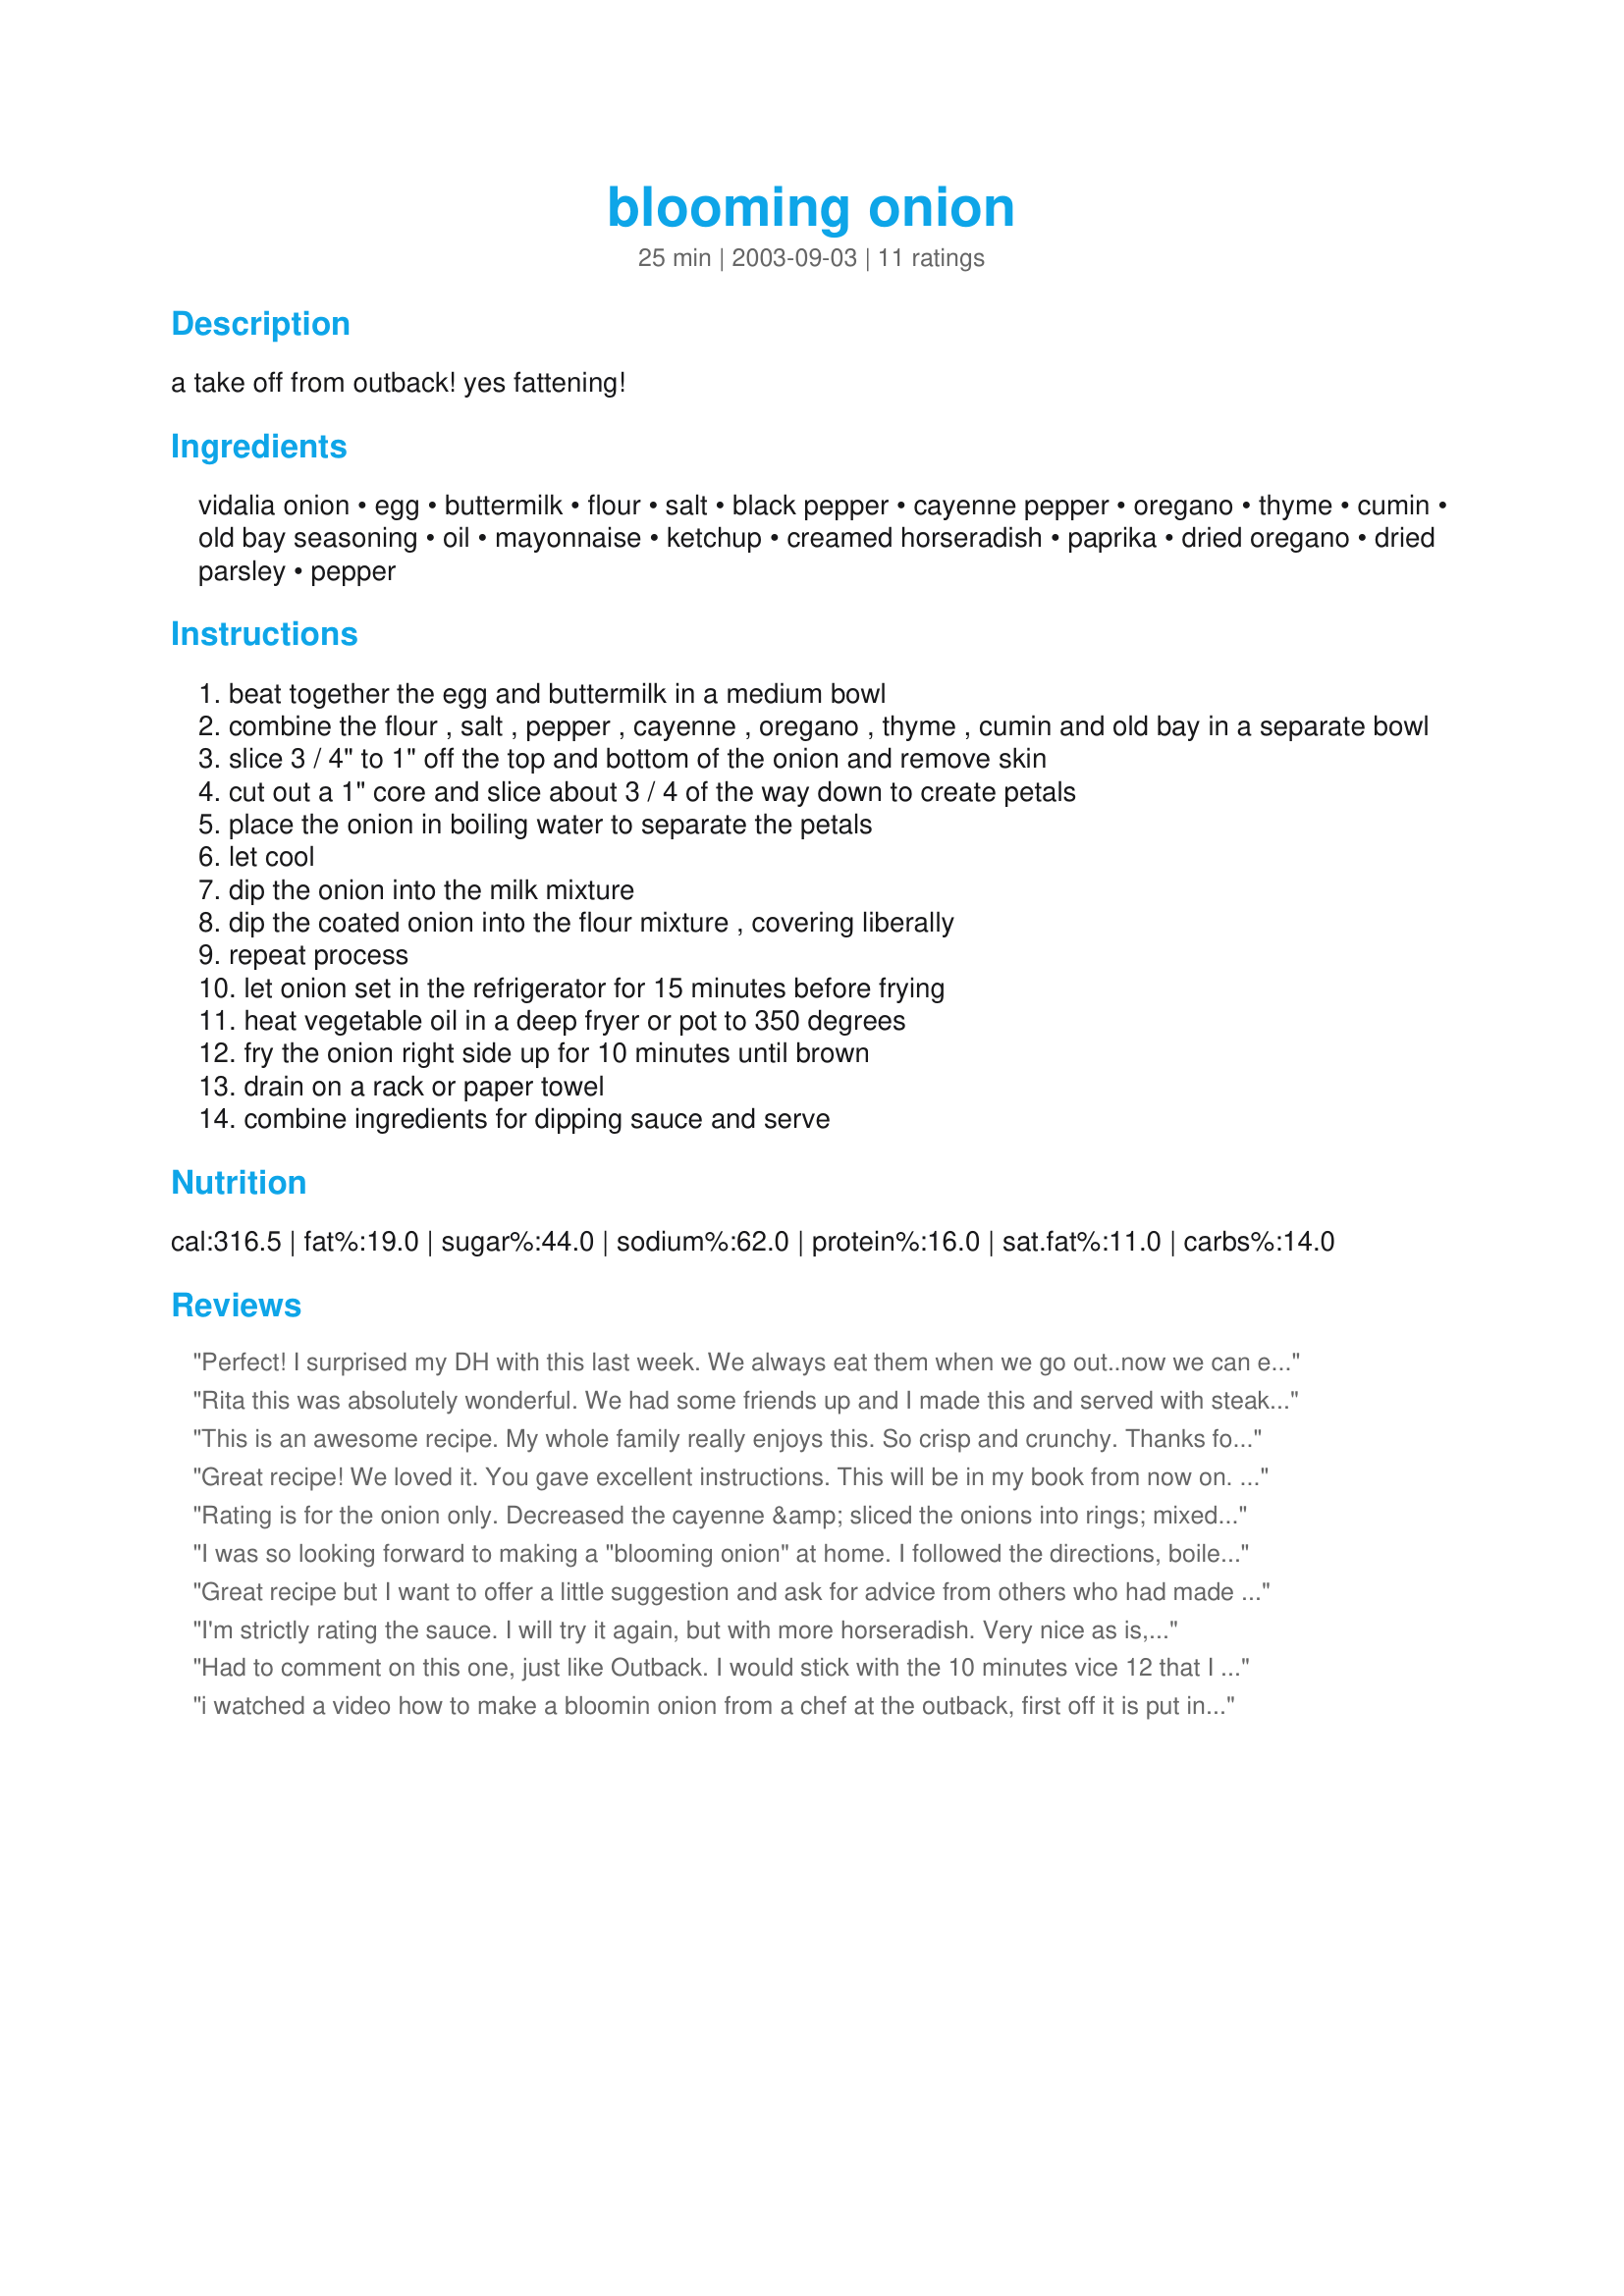
blooming onion
Preparation time: 25 minutes

a take off from outback! yes fattening!

Ingredients:
vidalia onion, egg, buttermilk, flour, salt, black pepper, cayenne pepper, oregano, thyme, cumin, old bay seasoning, oil, mayonnaise, ketchup, creamed horseradish, paprika, dried oregano, dried parsley, pepper

Steps:
beat together the egg and buttermilk in a medium bowl
combine the flour , salt , pepper , cayenne , oregano , thyme , cumin and old bay in a separate bowl
slice 3 / 4" to 1" off the top and bottom of the onion and remove skin
cut out a 1" core and slice about 3 / 4 of the way down to create petals
place the onion in boiling water to separate the petals
let cool
dip the onion into the milk mixture
dip the coated onion into the flour mixture , covering liberally
repeat process
let onion set in the refrigerator for 15 minutes before frying
heat vegetable oil in a deep fryer or pot to 350 degrees
fry the onion right side up for 10 minutes until brown
drain on a rack or paper towel
combine ingredients for dipping sauce and serve

Reviews:
Perfect! I surprised my DH with this last week. We always eat them when we go out..now we can enjoy them at home!! 
I have a deep fryer and that made this so simple!
And boiling the onion really helped! 

Thanks! I will be snacking on this again! :)
Rita this was absolutely wonderful. We had some friends up and I made this and served with steak and baked potatoe. They were really impressed. Thanks so much. I will need to make more next time.
This is an awesome recipe. My whole family really enjoys this. So crisp and crunchy. Thanks for posting this recipe.
Great recipe! We loved it. You gave excellent instructions. This will be in my book from now on. THanks for sharing it Rita!
Rating is for the onion only. Decreased the cayenne &amp; sliced the onions into rings; mixed the wet &amp; dry ingredients together, dipped &amp; fried...delicious! I also didn&#039;t make the dip as we like them with hot sauce. Served with sliced garden tomatoes, corn on the cob &amp; king crab legs. Thanks for sharing.
I was so looking forward to making a "blooming onion" at home. I followed the directions, boiled the onions so the petals spread, and coated them with milk mixure and flour mixture twice and deep fried them. But they came out with almost all of the coating on the outside and barely any on the inside; not like the ones in the restaurant that are crunchy all through. I also made the dip twice. The first time with creamy horseradish seemed too mild; when I made it again using prepared horseradish it tasted great.
Great recipe but I want to offer a little suggestion and ask for advice from others who had made this. I made this as written twice but thought the crust was too dark(an unappealing almost burned brown color) at 350 degrees using my Bravetti Platinum Pro deep fryer. So on the third try I changed it to 325 degrees...MUCH better.(same frying time 10 minutes for a very large vidalia onion) Now for the other challenge the recipe did not state how long to par-boil the onion. The first try I did six minutes but flower collapsed. The second try I cut the time in half to 3 minutes but the onion was almost raw and the petals did not coat properly except on the outside. The third try I did 5 minutes which I think is about right EXCEPT the flower collapsed again after coating due to the weight. (everything tasted wonderful but was visually unaesthetic). I THINK the problem might be resolved by NOT cutting the core all the way through to the other side and instead leave the base intact 1/2"- 3/4". Anyone here have a similar experience and would like to share their strategy? One other alteration I made on the third try was reducing the amount of buttermilk from 1 cup to 3/4 cup. It may have been the brand I was using but on the first two attempts I thought the batter was too thin. After I reduced it to 3/4 cup I thought the coating clung much better. Thanks Rita for sharing your recipe.
I'm strictly rating the sauce. I will try it again, but with more horseradish. Very nice as is, though.
Had to comment on this one, just like Outback. I would stick with the 10 minutes vice 12 that I cooked. It came out a little too crispy, but nonetheless awesome recipe.
i watched a video how to make a bloomin onion from a chef at the outback, first off it is put in the powdered mixture first, then the wet and only once.
also it is a spanish onion not vidalia.
and then, you do not boil the onion at all just spread them out, your supposed to cut the wedges a finger length apart.
and lastly, dont core the onion untill after it is done cooking.
I used to make Bloomin&#039; Onions when my boys were teenagers with huge appetites. They were always a hit....I never boiled the onions. Instead, I soaked them in ice water for a few hours. They &#039;bloomed&#039; perfectly.
